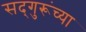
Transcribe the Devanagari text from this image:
सद्‍गुरूंच्या